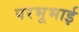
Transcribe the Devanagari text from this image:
परभूभाई